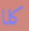
كلا